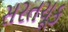
સરતચૂક